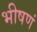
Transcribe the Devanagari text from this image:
भीषणं